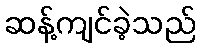
ဆန့်ကျင်ခဲ့သည်